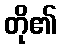
တို၏